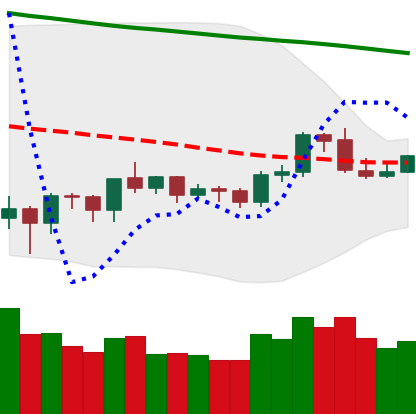
Ticker: ETH-USD
Chart end date: 2019-10-14
Forward return: -7.514%
Label: down_7plus